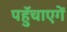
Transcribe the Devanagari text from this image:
पहुॅचाएगें